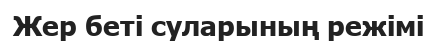
Жер беті суларының режімі